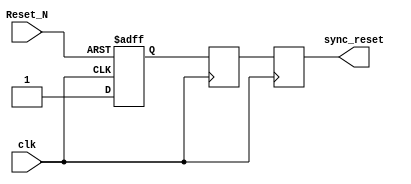
module async_reset_synchronizer (
    input wire clk,          // Clock input
    input wire Reset_N,     // Active low asynchronous reset input
    output reg sync_reset    // Synchronized reset output
);

    // Internal signals for the flip-flops
    reg reset_ff1;          // First flip-flop output
    reg reset_ff2;          // Second flip-flop output

    // Asynchronous reset handling
    always @(posedge clk or negedge Reset_N) begin
        if (!Reset_N) begin
            reset_ff1 <= 1'b0; // Assert reset on active low
        end else begin
            reset_ff1 <= 1'b1; // Deassert reset when Reset_N is high
        end
    end

    // Synchronizing the reset signal
    always @(posedge clk) begin
        reset_ff2 <= reset_ff1; // Transfer the state of the first flip-flop
    end

    // Output the synchronized reset signal
    always @(posedge clk) begin
        sync_reset <= reset_ff2; // Synchronized reset output
    end

endmodule